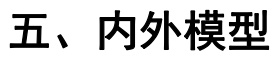
五、内外模型